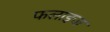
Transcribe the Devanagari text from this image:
फलाइज